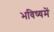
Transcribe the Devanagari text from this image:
भविष्‍यमें